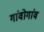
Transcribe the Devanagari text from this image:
गांवोगांव